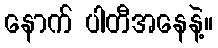
နောက် ပါတီအနေနဲ့။